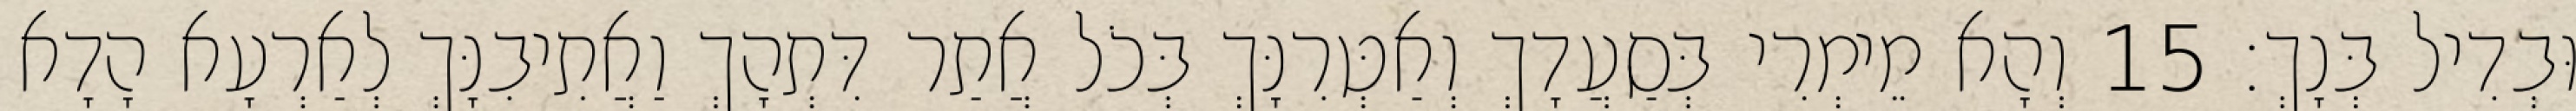
וּבְדִיל בְּנָךְ׃ 15 וְהָא מֵימְרִי בְּסַעֲדָךְ וְאַטְּרִנָּךְ בְּכֹל אֲתַר דִּתְהָךְ וַאֲתִיבִנָּךְ לְאַרְעָא הָדָא